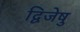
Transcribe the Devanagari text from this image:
द्विजेषु